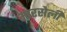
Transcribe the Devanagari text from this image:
मारसेली